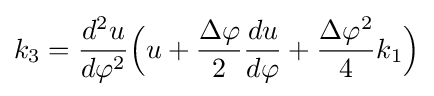
k_{3}={d^{2}u \over d\varphi ^{2}}{\Bigl (}u+{\frac {\Delta \varphi }{2}}{du \over d\varphi }+{\frac {\Delta \varphi ^{2}}{4}}k_{1}{\Bigr )}